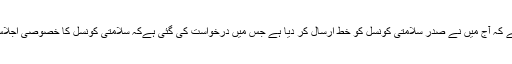
ان کا مزید کہنا ہے کہ آج میں نے صدر سلامتی کونسل کو خط ارسال کر دیا ہے جس میں درخواست کی گئی ہےکہ سلامتی کونسل کا خصوصی اجلاس طلب کیا جائے۔